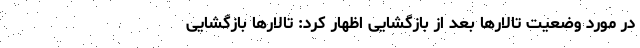
در مورد وضعیت تالارها بعد از بازگشایی اظهار کرد:‌ تالارها بازگشایی